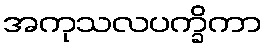
အကုသလပက္ခိကာ